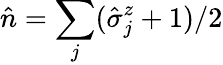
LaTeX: \hat{n}=\sum_{j}(\hat{\sigma}_{j}^{z}+1)/2